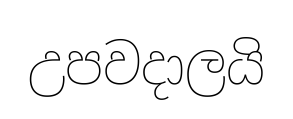
උපවදාලයි